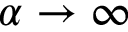
{ \alpha \to \infty }